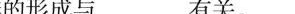
A.地球的自转B.地球的公转C.地轴是倾斜的